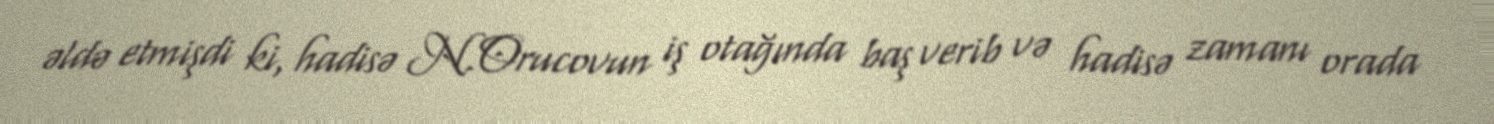
əldə etmişdi ki, hadisə N.Orucovun iş otağında baş verib və hadisə zamanı orada